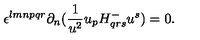
\epsilon ^ { l m n p q r } \partial _ { n } ( { \frac { 1 } { u ^ { 2 } } } u _ { p } H _ { q r s } ^ { - } u ^ { s } ) = 0 .